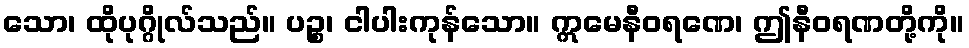
သော၊ ထိုပုဂ္ဂိုလ်သည်။ ပဉ္စ၊ ငါပါးကုန်သော။ ဣမေနီဝရဏေ၊ ဤနီဝရဏတို့ကို။